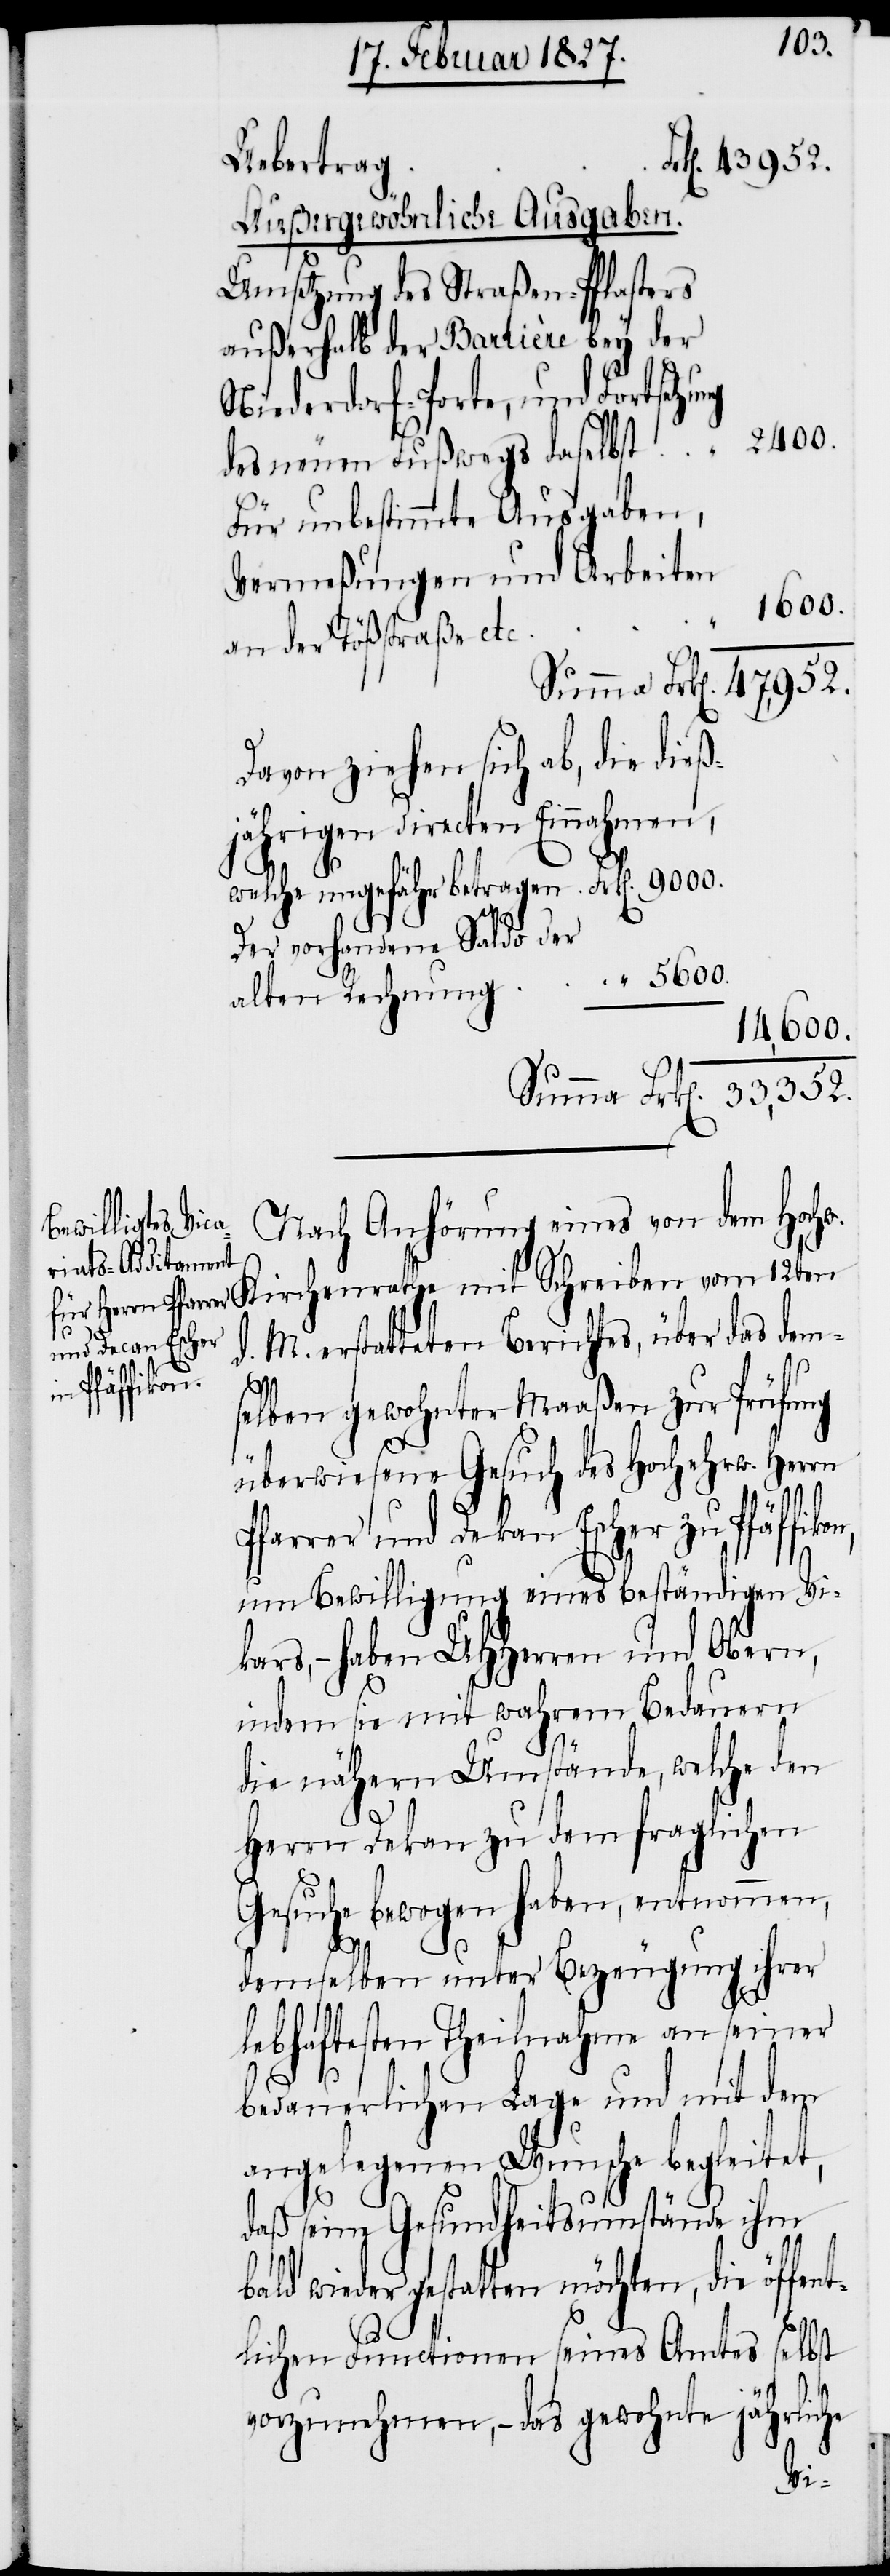
Außergewöhnliche Ausgaben.
Umsetzung des Straßen-Pflasters
außerhalb der Barrière bey der
Niederdorf-Porte, und Fortsetzu¬
des neuen Fußwegs daselbst
Für unbestimmte Ausgaben,
Vermeßungen und Arbeiten
5600.
an der Tößstraße etc.
Davon ziehen sich ab, die dieß¬
jährigen directen Einnahmen,
welche ungefähr betragen
Der vorhandene Saldo der
14,600.
Summa Frk[en].
Nach Anhörung eines von dem Hochw.
d. M. erstatteten Berichtes, über das dem¬
und Dekan Escher
“
zu Pfäffikon,
selben gewohnter Maaßen zur Prüfung
überwiesene Gesuch des Hocherw. Herrn
um Bewilligung eines beständigen Vik¬
ars, – haben UHHerren und Obern,
indem sie mit wahrem Bedauern
die nähern Umstände, welche den
Herrn Dekan zu dem fraglichen
Gesuche bewogen haben, entnommen,
demselben unter Bezeugung ihrer
lebhaftesten Theilnahme an seiner
bedauerlichen Lage und mit dem
angelegenen Wunsche begleitet,
daß seine Gesundheitsumstände ihm
ng
bald wieder gestatten möchten, die öffent¬
lichen Functionen seines Amtes selbst
vorzunehmen, – das gewohnte jährliche
mit